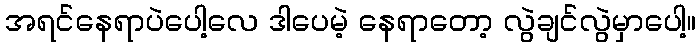
အရင်နေရာပဲပေါ့လေ ဒါပေမဲ့ နေရာတော့ လွဲချင်လွဲမှာပေါ့။